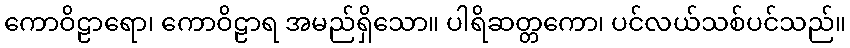
ကောဝိဠာရော၊ ကောဝိဠာရ အမည်ရှိသော။ ပါရိဆတ္တကော၊ ပင်လယ်သစ်ပင်သည်။